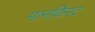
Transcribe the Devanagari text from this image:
मानर्किस्ट